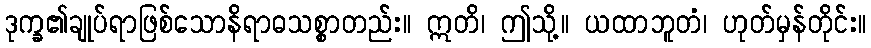
ဒုက္ခ၏ချုပ်ရာဖြစ်သောနိရာဓသစ္စာတည်း။ ဣတိ၊ ဤသို့။ ယထာဘူတံ၊ ဟုတ်မှန်တိုင်း။